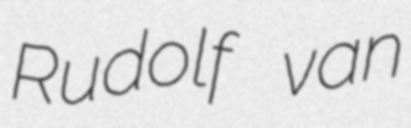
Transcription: Rudolf van